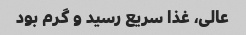
عالی‌، غذا سریع رسید و گرم بود